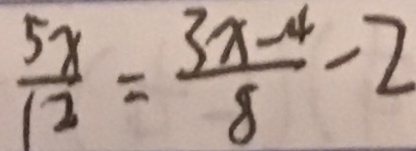
\frac { 5 x } { 1 2 } = \frac { 3 x - 4 } { 8 } - 2